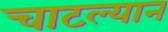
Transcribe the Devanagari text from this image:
चाटल्यान